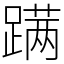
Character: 蹒